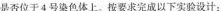
是否位于4号染色体上。按要求完成以下实验设计：